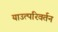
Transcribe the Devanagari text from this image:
याउत्परिवर्तन